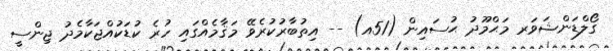
ގޯލްޑަންޝަވަރ މަޙްމޫދު ޙުސައިން (51އ) -- އިތުބާރުކުރެވޭ މަޤާމެއްގައި ހުރެ ކުޑަކުއްޖަކާމެދު ޖިންސީ